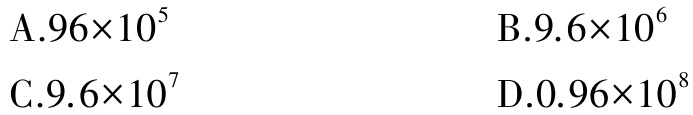
A.$96\times10^{5}$

B.$9.6\times10^{6}$

C.$9.6\times10^{7}$

D.$0.96\times10^{8}$